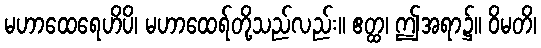
မဟာထေရေဟိပိ၊ မဟာထေရ်တို့သည်လည်း။ ဧတ္ထ၊ ဤအရာ၌။ ဝိမတိ၊